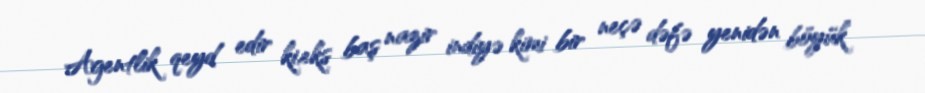
Agentlik qeyd edir ki,eks baş nazir indiyə kimi bir neçə dəfə yenidən böyük